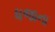
ધજાના